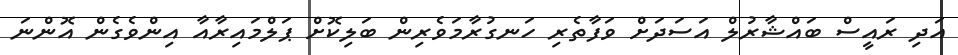
އަދި ރައީސް ބައްޝާރުލް އަސަދަށް ވަފާތެރި ހަނގުރާމަވެރިން ބަލިކޮށް ޕަލްމައިރާއާ އިންވެގެން އޮންނަ